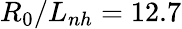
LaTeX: R_{0}/L_{nh}=12.7